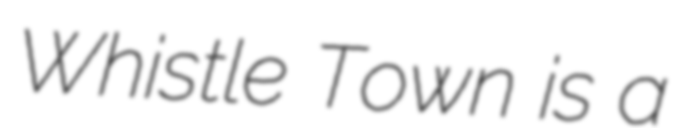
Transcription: Whistle Town is a